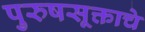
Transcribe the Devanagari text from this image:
पुरुषसूक्ताचे